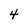
Character: 4